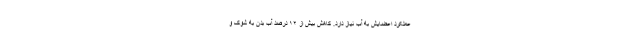
عملکرد اعضایش به آب نیاز دارد. کاهش بیش از ۱۲ درصد آب بدن به شوک و